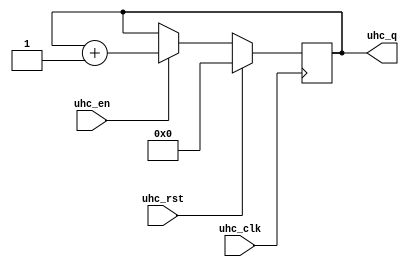
`timescale 1ns / 1ps
//////////////////////////////////////////////////////////////////////////////////
// Company: 
// Engineer: 
// 
// Design Name: 
// Module Name: uhc
// Project Name: 
// Target Devices: 
// Tool Versions: 
// Description: 
// 
// Dependencies: 
// 
// Revision:
// Revision 0.01 - File Created
// Additional Comments:
// 
//////////////////////////////////////////////////////////////////////////////////


module uhc(
    input uhc_clk,                              // Clock for uhc
    input uhc_rst,                              // Reset for uhc
    input uhc_en,                               // En for uhc
    output [3:0] uhc_q                          // Output for ssd
    );
    
    reg [3:0] uhc_temp;
       
    initial
        begin
            uhc_temp <= 0;
        end
    always@(posedge uhc_clk)
        begin:uhc_OP
              if(uhc_rst) 
                uhc_temp = 0;
                
              else
                begin:EN_ACTIVE
                    if(uhc_en)
                        uhc_temp <= uhc_temp+1;
                end
        end
        assign uhc_q = uhc_temp;
        
endmodule